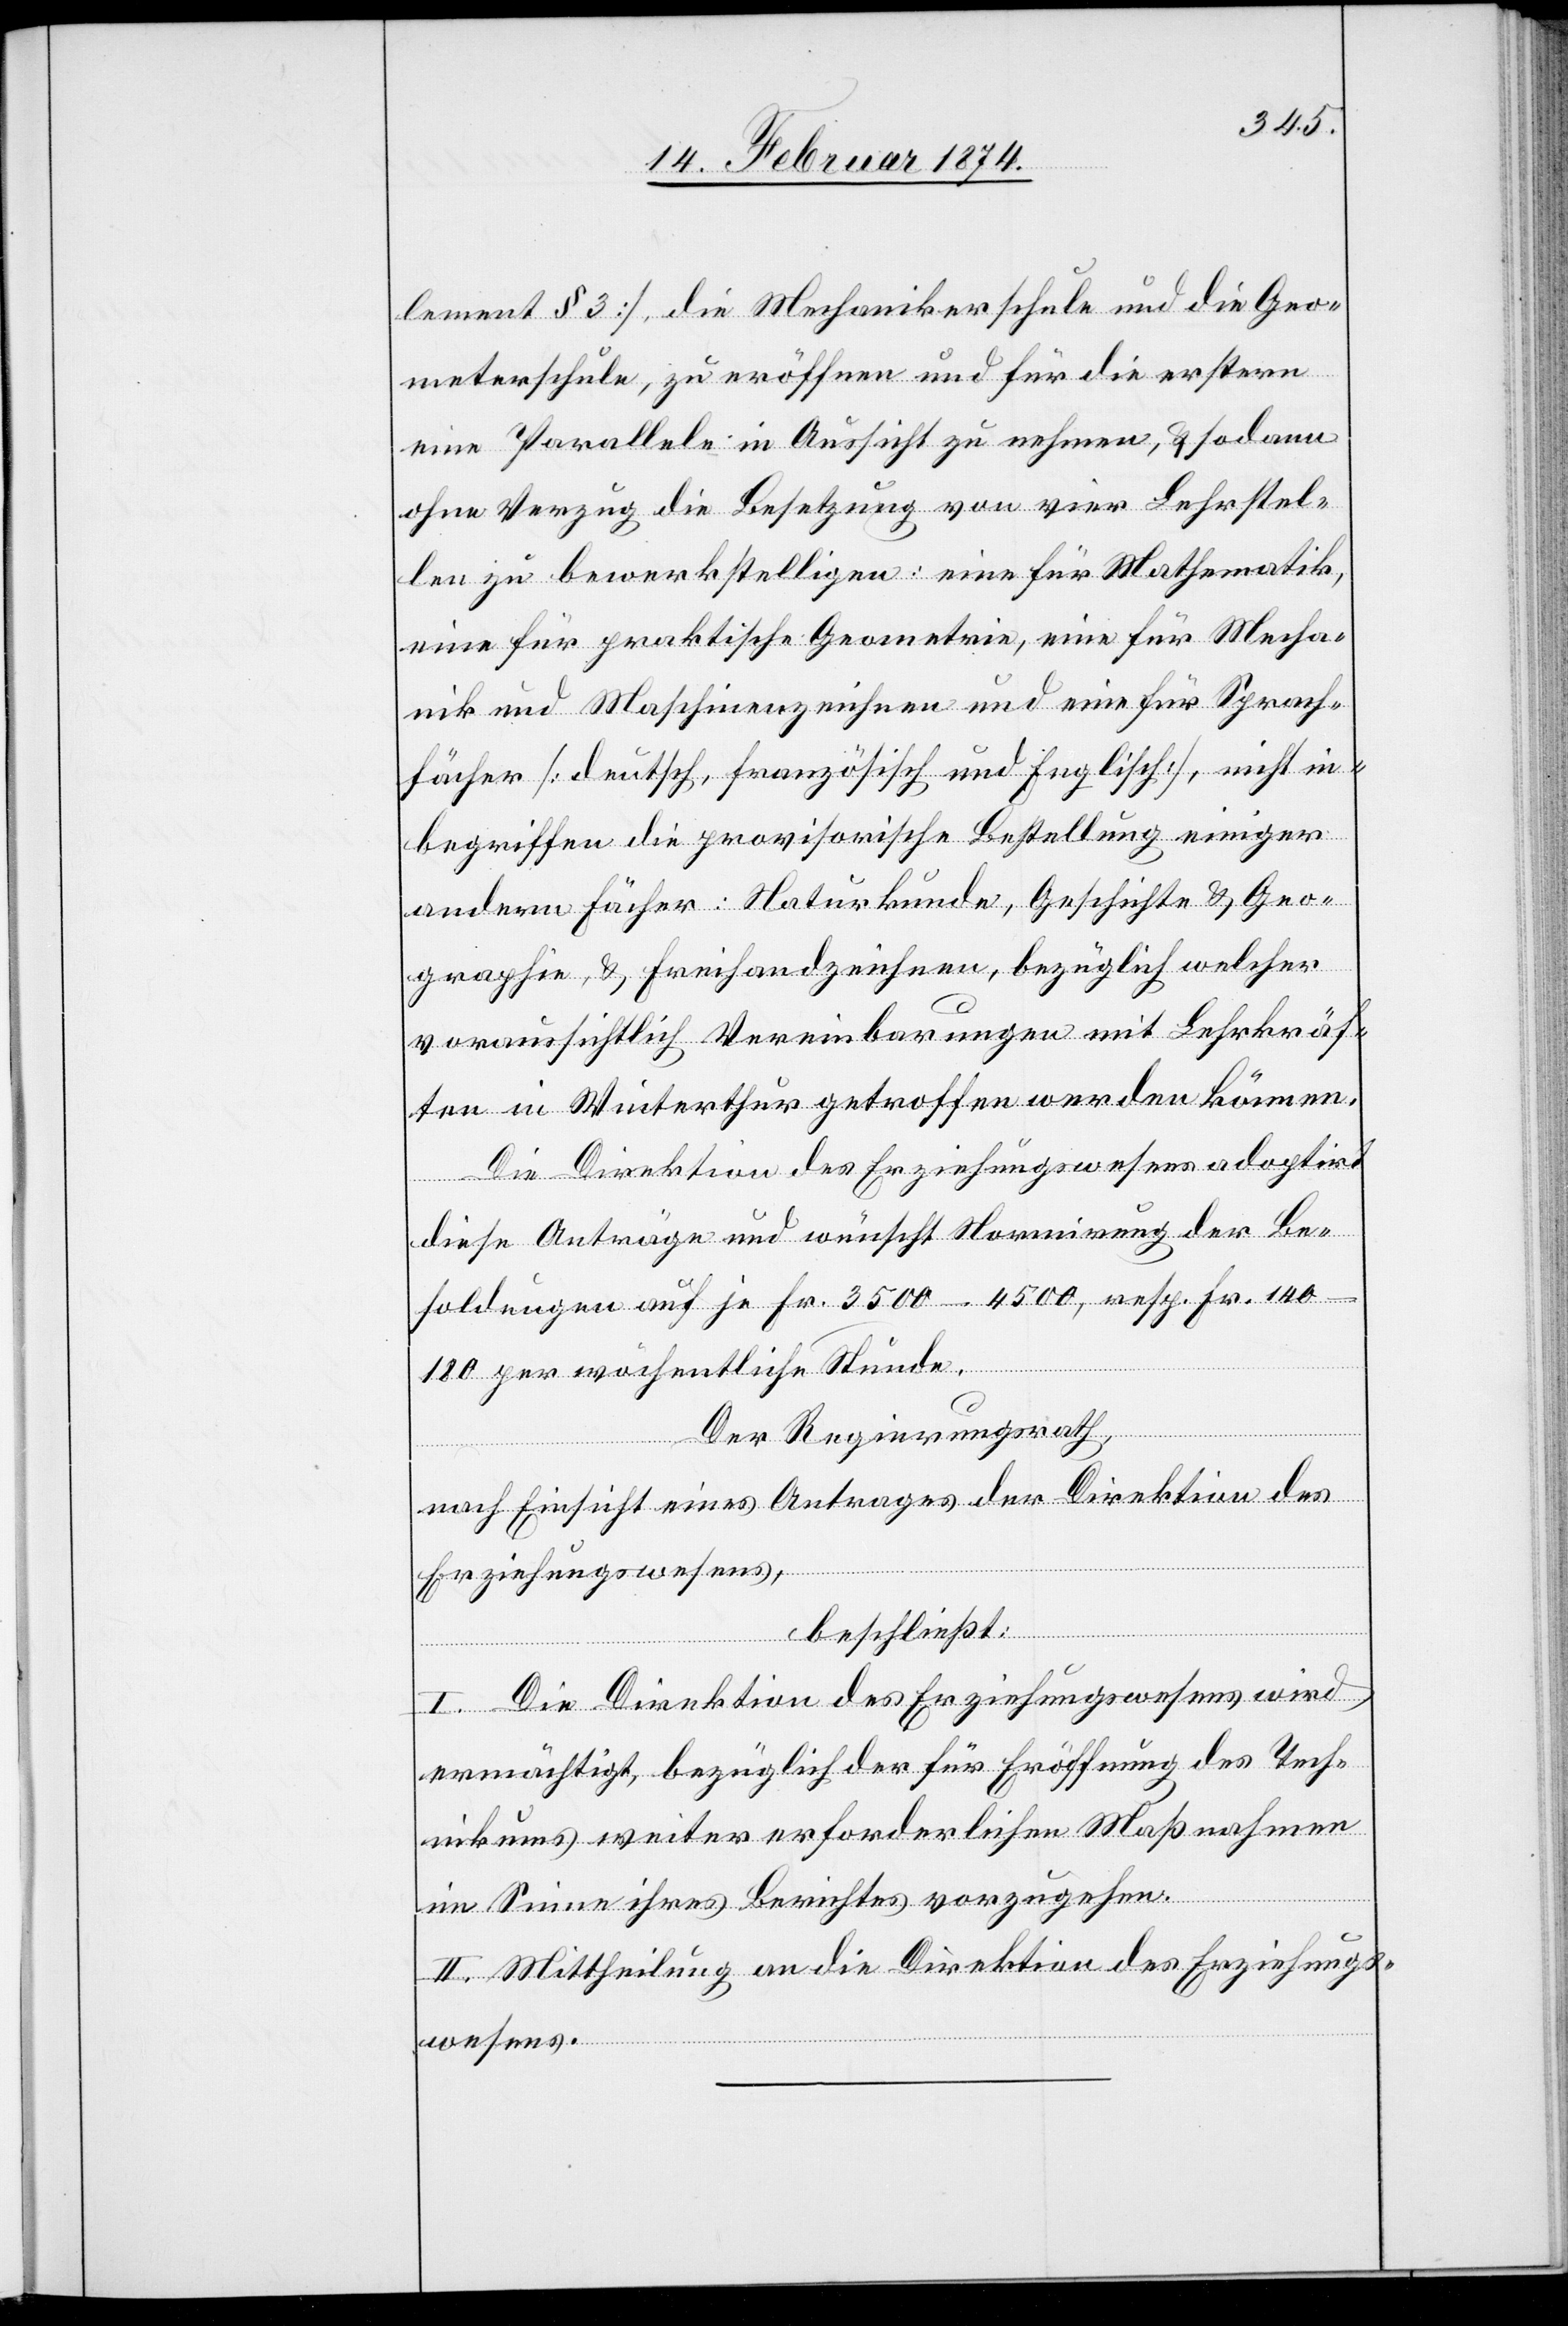
lement § 3], die Mechanikerschule und die Geo¬
meterschule, zu eröffnen und für die erstere
eine Parallele in Aussicht zu nehmen, u. sodann
ohne Verzug die Besetzung von vier Lehrstel¬
len zu bewerkstelligen: eine für Mathematik,
eine für praktische Geometrie, eine für Mecha¬
nik und Maschinenzeichnen und eine für Sprach¬
fächer [deutsch, französisch und Englisch], nicht in¬
begriffen die provisorische Bestellung einiger
andern Fächer: Naturkunde, Geschichte u. Geo¬
graphie, u. Freihandzeichnen, bezüglich welcher
voraussichtlich Vereinbarungen mit Lehrkräf¬
ten in Winterthur getroffen werden können.
Die Direktion des Erziehungswesens adaptiert
diese Anträge und wünscht Normirung der Be¬
soldungen auf je Fr. 3500–4500, resp. Fr. 140–180
per wöchentliche Stunde.
Der Regierungsrath,
nach Einsicht eines Antrages der Direktion des
Erziehungswesens,
beschließt:
I. Die Direktion des Erziehungswesens wird
ermächtigt, bezüglich der für Eröffnung des Tech¬
nikums weiter erforderlichen Maßnahmen
im Sinne ihres Berichtes vorzugehen.
II. Mittheilung an die Direktion des Erziehungs¬
wesens.